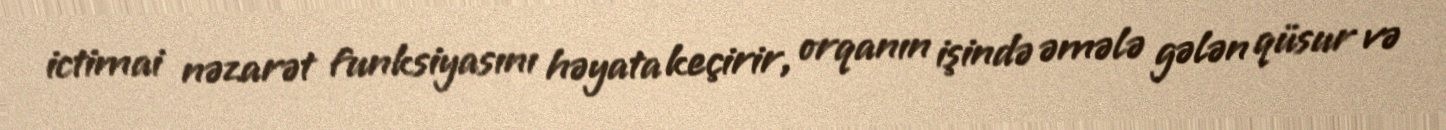
ictimai nəzarət funksiyasını həyata keçirir, orqanın işində əmələ gələn qüsur və